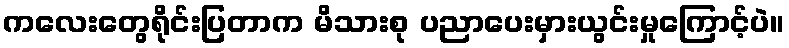
ကလေးတွေရိုင်းပြတာက မိသားစု ပညာပေးမှားယွင်းမှုကြောင့်ပဲ။